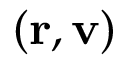
\displaystyle ( \mathbf { r } , \mathbf { v } )